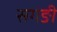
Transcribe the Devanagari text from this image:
सगङी